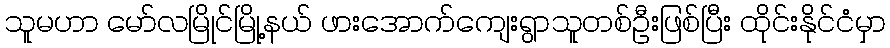
သူမဟာ မော်လမြိုင်မြို့နယ် ဖားအောက်ကျေးရွာသူတစ်ဦးဖြစ်ပြီး ထိုင်းနိုင်ငံမှာ